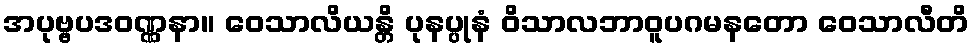
အပုဗ္ဗပဒဝဏ္ဏနာ။ ဝေသာလိယန္တိ ပုနပ္ပုနံ ဝိသာလဘာဝူပဂမနတော ဝေသာလီတိ